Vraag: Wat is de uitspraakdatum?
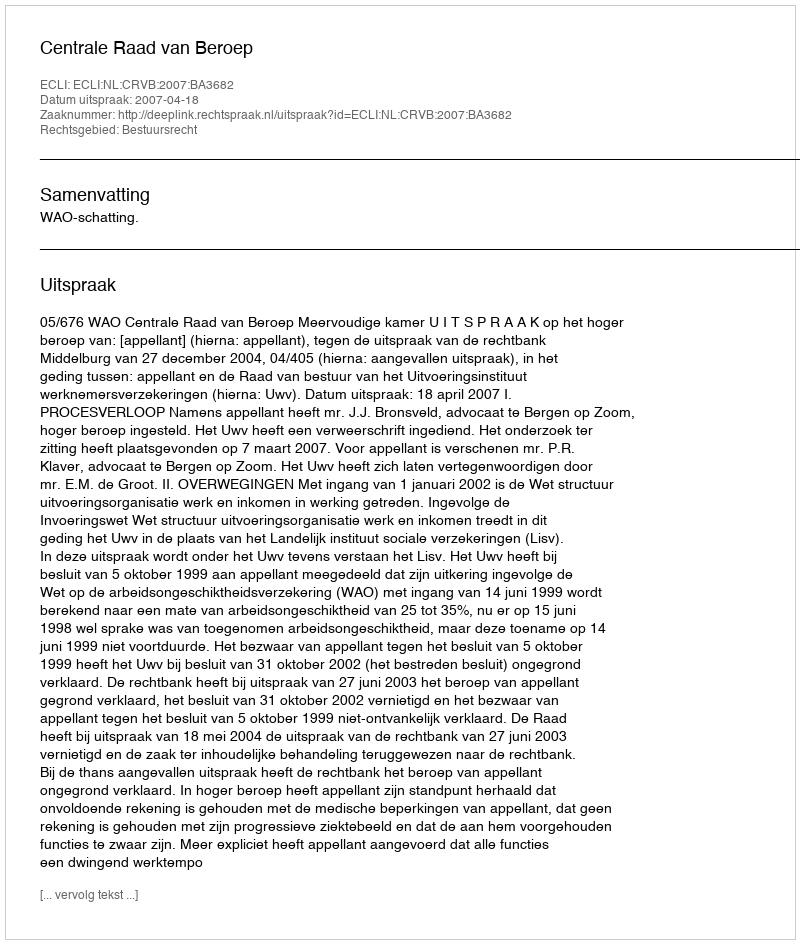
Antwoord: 2007-04-18